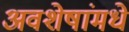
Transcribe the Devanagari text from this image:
अवशेषांमधे